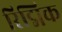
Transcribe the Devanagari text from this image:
रिद्मिक